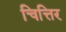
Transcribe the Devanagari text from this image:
चित्तिर